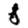
Digit: 8